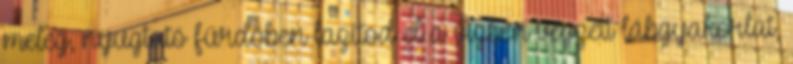
meleg, nyugtató fürdőben lazítod el a vízben végzett lábgyakorlat,